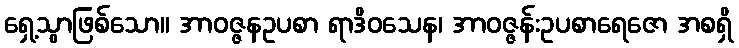
ရှေ့သွာဖြစ်သော။ အာဝဇ္ဇနဥပစာ ရာဒိဝသေန၊ အာဝဇ္ဇန်းဥပစာရေဇော အစရှိ